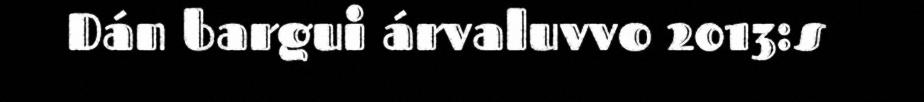
Dán bargui árvaluvvo 2013:s